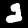
Label: 2